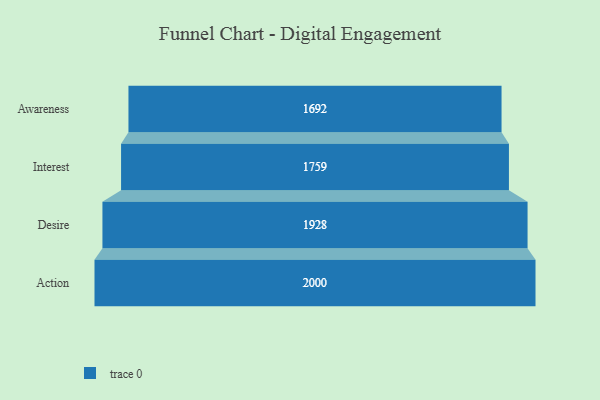
{"axis": {"x": "Stage", "y": "Value"}, "legend": [""], "data": [{"x": "Awareness", "y": 1692.0, "type": ""}, {"x": "Interest", "y": 1759.0, "type": ""}, {"x": "Desire", "y": 1928.0, "type": ""}, {"x": "Action", "y": 2000, "type": ""}]}